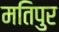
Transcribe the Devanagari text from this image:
मतिपुर